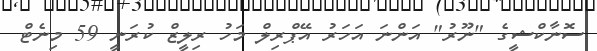
ސޮނާކްޝީގެ "ނޫރު" އަންނަ އަހަރު އޭޕްރިލް މަހު ރިލީޒް ކުރަނީ 59 މިނެޓް